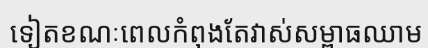
ទៀតខណៈពេលកំពុងតែវាស់សម្ពាធឈាម